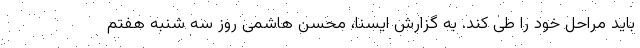
باید مراحل خود را طی کند. به گزارش ایسنا، محسن هاشمی روز سه شنبه هفتم